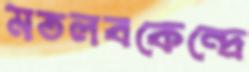
মতলবকেন্দ্রে